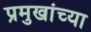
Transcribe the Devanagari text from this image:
प्रमुखांच्या